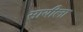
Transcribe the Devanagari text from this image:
सायीला